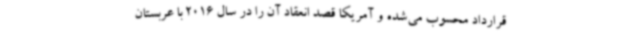
قرارداد محسوب می‌شده و آمریکا قصد انعقاد آن را در سال 2016 با عربستان